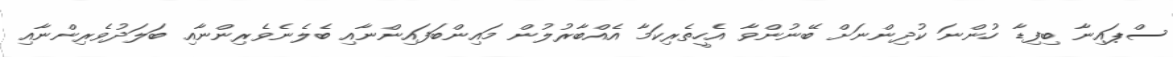
ސްޕައިނާ ބިފިޑާ ހުންނަ ކުދިންނަށް ބޭނުންވާ އެހީތެރިކަމާ އެއްބާރުލުން މައިންބަފައިންނާއި ބެލެނެވެރިންނާއި ބަލަދުވެރިންނާއި